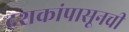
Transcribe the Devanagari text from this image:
दशकांपासूनची